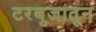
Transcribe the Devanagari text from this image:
टरबुजातून